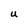
Character: U